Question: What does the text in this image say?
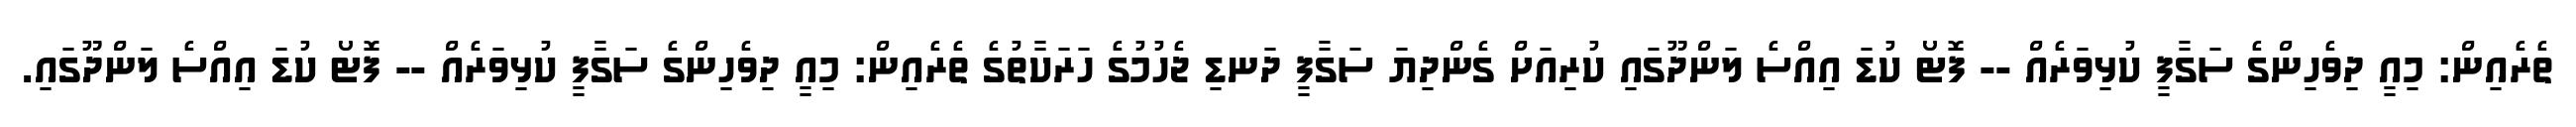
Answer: ތެރެއިން: މިއީ ދިވެހިންގެ ސަގާފީ ކުޅިވަރެއް -- ފޮޓޯ ކުޑަ އިއްސެ ލަންދޫގައި ކުރިއަށް ގެންދިޔަ ސަގާފީ ދަނޑި ޖެހުމުގެ ހަރަކާތުގެ ތެރެއިން: މިއީ ދިވެހިންގެ ސަގާފީ ކުޅިވަރެއް -- ފޮޓޯ ކުޑަ އިއްސެ ލަންދޫގައި.